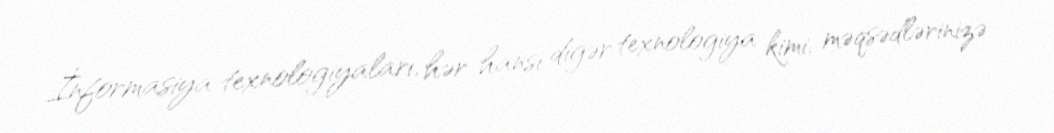
İnformasiya texnologiyaları, hər hansı digər texnologiya kimi, məqsədlərinizə